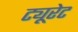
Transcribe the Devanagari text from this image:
ट्यूरेट